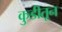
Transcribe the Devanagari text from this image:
कुडीतून